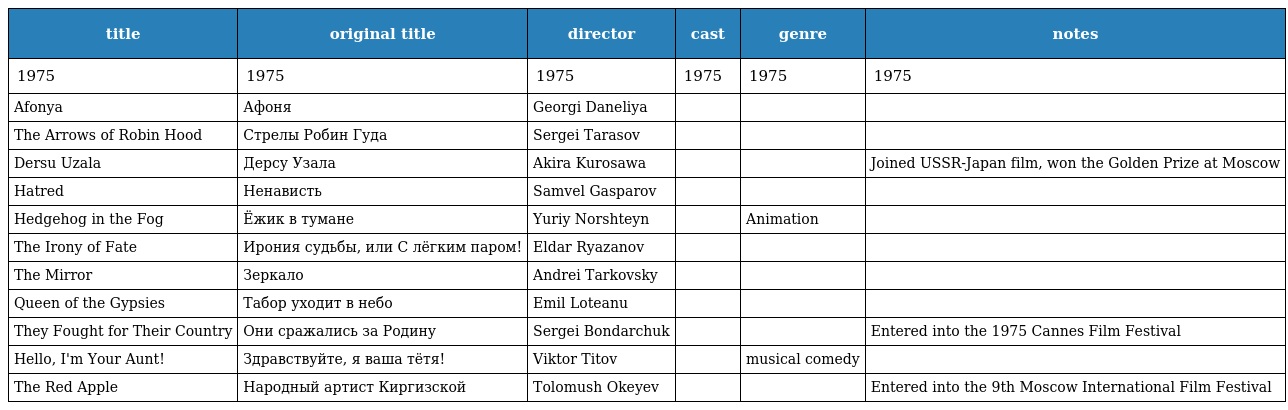
| title | original title | director | cast | genre | notes |
 | --- | --- | --- | --- | --- | --- |
 | 1975 | 1975 | 1975 | 1975 | 1975 | 1975 |
 | Afonya | Афоня | Georgi Daneliya |  |  |  |
 | The Arrows of Robin Hood | Стрелы Робин Гуда | Sergei Tarasov |  |  |  |
 | Dersu Uzala | Дерсу Узала | Akira Kurosawa |  |  | Joined USSR-Japan film, won the Golden Prize at Moscow |
 | Hatred | Ненависть | Samvel Gasparov |  |  |  |
 | Hedgehog in the Fog | Ёжик в тумане | Yuriy Norshteyn |  | Animation |  |
 | The Irony of Fate | Ирония судьбы, или С лёгким паром! | Eldar Ryazanov |  |  |  |
 | The Mirror | Зеркало | Andrei Tarkovsky |  |  |  |
 | Queen of the Gypsies | Табор уходит в небо | Emil Loteanu |  |  |  |
 | They Fought for Their Country | Они сражались за Родину | Sergei Bondarchuk |  |  | Entered into the 1975 Cannes Film Festival |
 | Hello, I'm Your Aunt! | Здравствуйте, я ваша тётя! | Viktor Titov |  | musical comedy |  |
 | The Red Apple | Народный артист Киргизской | Tolomush Okeyev |  |  | Entered into the 9th Moscow International Film Festival |